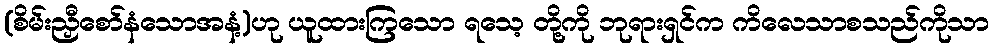
(စိမ်းညှီစော်နံသောအနံ့)ဟု ယူထားကြသော ရသေ့ တို့ကို ဘုရားရှင်က ကိလေသာစသည်ကိုသာ